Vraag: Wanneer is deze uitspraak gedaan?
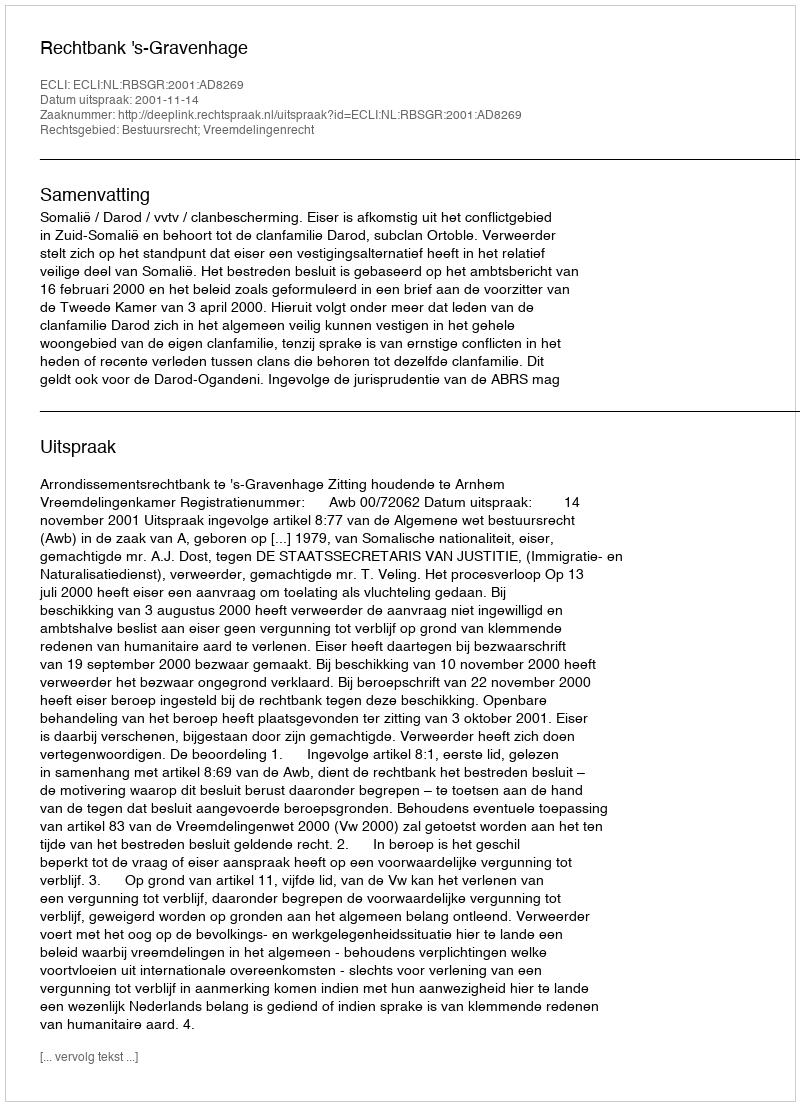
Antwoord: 2001-11-14